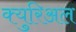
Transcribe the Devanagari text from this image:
क्युरिअल